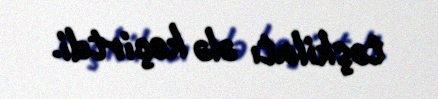
təşkilatı ələ keçirtdi.